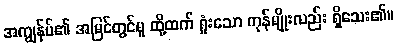
အကျွန်ုပ်၏ အမြင်တွင်မူ ထို့ထက် ရှုံးသော ကုန်မျိုးလည်း ရှိသေး၏။